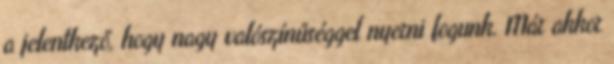
a jelentkező, hogy nagy valószínűséggel nyerni fogunk. Már akkor